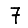
Digit: 7